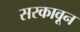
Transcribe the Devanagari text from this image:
सरकावून